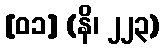
[၀၁] (နိ၊ ၂၂၃)